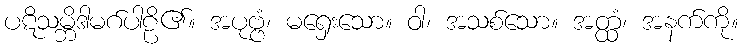
ပဋိသမ္ဘိဒါမဂ်ပါဠိ၏။ အပုဗ္ဗံ၊ မရှေးသော။ ဝါ၊ အသစ်သော။ အတ္ထံ၊ အနက်ကို။